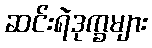
ဆင်းရဲဒုက္ခများ